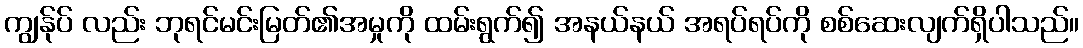
ကျွန်ုပ် လည်း ဘုရင်မင်းမြတ်၏အမှုကို ထမ်းရွက်၍ အနယ်နယ် အရပ်ရပ်ကို စစ်ဆေးလျက်ရှိပါသည်။